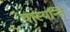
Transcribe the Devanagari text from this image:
यास्यन्ति